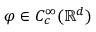
\varphi \in C _ { c } ^ { \infty } ( \ensuremath { \mathbb { R } } ^ { d } )